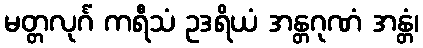
မတ္တလုင်္ဂံ ကရီသံ ဥဒရိယံ အန္တဂုဏံ အန္တံ၊